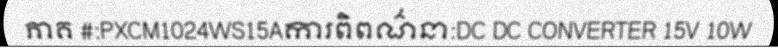
ភាគ #:PXCM1024WS15Aការពិពណ៌នា:DC DC CONVERTER 15V 10W